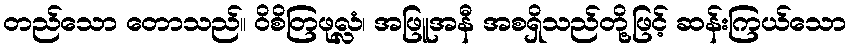
တည်သော တောသည်။ ဝိစိတြဖုလ္လံ၊ အဖြူအနီ အစရှိသည်တို့ဖြင့် ဆန်းကြယ်သော